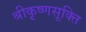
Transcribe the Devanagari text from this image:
श्रीकृष्णसूक्ति